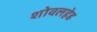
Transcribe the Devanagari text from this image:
शोवलहेड